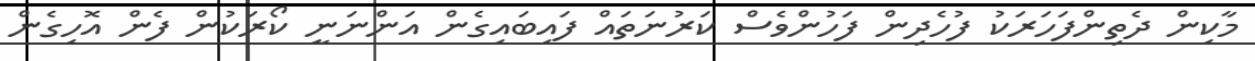
މާކިން ދެތިންފަހަރަކު ފުހެދިން ފަހުންވެސް ކަރުނަތައް ފައިބައިގެން އަންނަނީ ކޯރަކުން ފެން އޮހިގެން